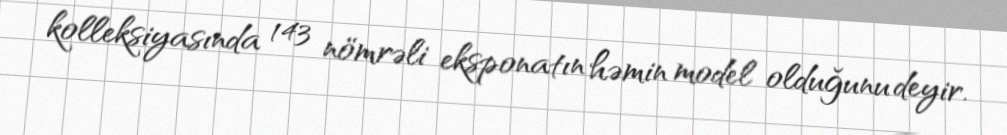
kolleksiyasında 143 nömrəli eksponatın həmin model olduğunu deyir.